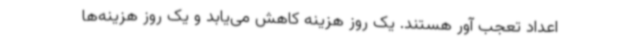
اعداد تعجب آور هستند. یک روز هزینه کاهش می‌یابد و یک روز هزینه‌ها